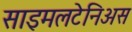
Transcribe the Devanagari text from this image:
साइमलटेनिअस